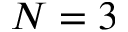
N = 3